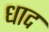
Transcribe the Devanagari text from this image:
धाद